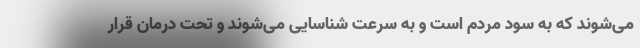
می‌شوند که به سود مردم است و به سرعت شناسایی می‌شوند و تحت درمان قرار